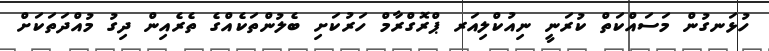
ހުޅަނގުން މަސައްކަތް ކުރަނީ ނިއުކްލިއަރ ޕްރޮގްރާމް ހަރުކަށި ބެލުންތަކެއްގެ ތެރެއިން ދިގު މުއްދަތަކަށް